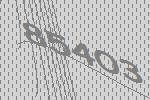
85403